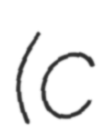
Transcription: (c